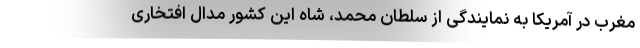
مغرب در آمریکا به نمایندگی از سلطان محمد، شاه این کشور مدال افتخاری